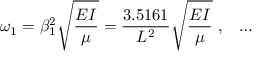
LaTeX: \omega _ { 1 } = \beta _ { 1 } ^ { 2 } { \sqrt { \frac { E I } { \mu } } } = { \frac { 3 . 5 1 6 1 } { L ^ { 2 } } } { \sqrt { \frac { E I } { \mu } } } ~ , ~ ~ \dots